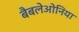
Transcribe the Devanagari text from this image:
बैबलेओनिया